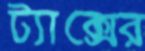
ট্যাক্সের